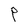
Character: P